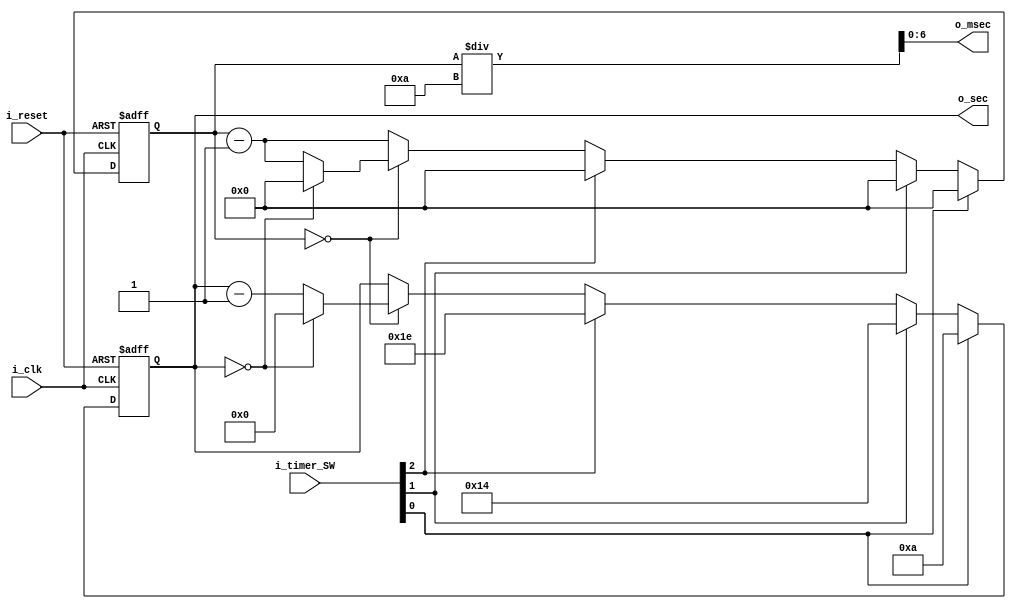
`timescale 1ns / 1ps

module Time_Clock_Counter(
    input i_clk,
    input i_reset,
    input[2:0] i_timer_SW ,
    output[6:0] o_sec, 
    output[6:0] o_msec
    );

    reg[6:0] r_sec  = 0;
    reg[9:0] r_msec = 0;
    
    assign o_sec  = r_sec;
    assign o_msec = r_msec / 10;

    always @(posedge i_clk or posedge i_reset) begin
        if(i_reset) begin
           r_msec <= 0;
            r_sec <= 0;
            
        end

        else begin
            if(i_timer_SW[0]) begin
                r_msec <= 0000;
                r_sec <= 10;
               
            end

            else if(i_timer_SW[1]) begin
                
                r_msec <= 0000;
                r_sec <= 20;
            end

            else if(i_timer_SW[2]) begin
               r_msec <= 0000;
               r_sec <= 30;
                
            end

            else begin
                r_msec <= r_msec - 1;
                if(r_msec == 0) begin
                    r_sec <= r_sec - 1;
                    if(r_sec == 0)begin 
                     r_sec <= 0;
                     r_msec <=0;
                    end
                end
            end
        end 
    end
endmodule